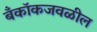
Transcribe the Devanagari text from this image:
बँकॉकजवळील